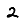
Digit: 2